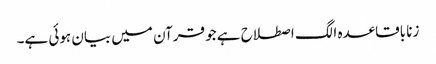
زنا باقاعدہ الگ اصطلاح ہے جو قرآن میں بیان ہوئی ہے۔